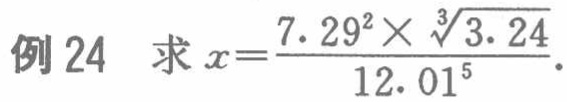
例24 求\(x=\frac{7.29^{2}\times\sqrt[3]{3.24}}{12.01^{5}}\)。